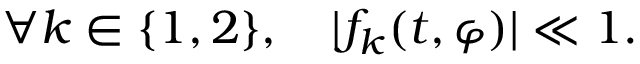
\forall k \in \{ 1 , 2 \} , \quad | f _ { k } ( t , \varphi ) | \ll 1 .